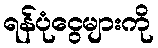
ရန်ပုံငွေများကို